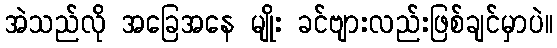
အဲသည်လို အခြေအနေ မျိုး ခင်ဗျားလည်းဖြစ်ချင်မှာပဲ။